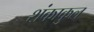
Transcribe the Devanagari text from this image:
शंकाकुल